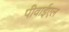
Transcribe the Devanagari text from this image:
पीवाईएल